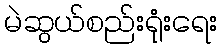
မဲဆွယ်စည်းရုံးရေး